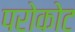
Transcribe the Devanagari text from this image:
परोकोट